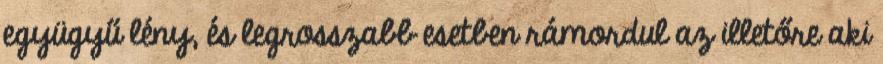
együgyű lény, és legrosszabb esetben rámordul az illetőre aki